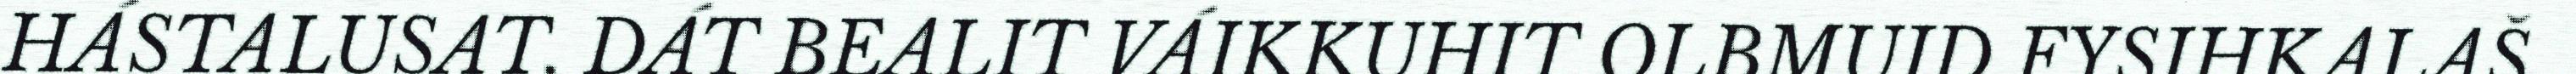
HÁSTALUSAT. DÁT BEALIT VÁIKKUHIT OLBMUID FYSIHKALAŠ